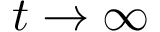
t \to \infty